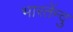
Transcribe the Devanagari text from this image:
भारतेंन्दु